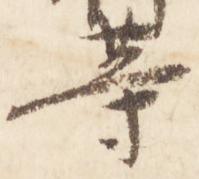
等